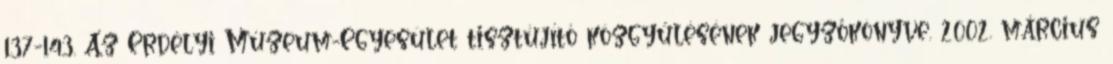
137-143. Az Erdélyi Múzeum-Egyesület tisztújító közgyűlésének jegyzőkönyve. 2002. március